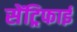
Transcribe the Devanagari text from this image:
सेंट्रिफाई